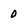
Character: 0